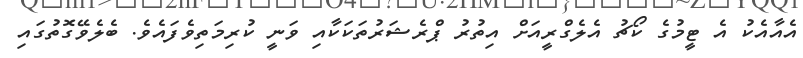
އެއާއެކު އެ ޓީމުގެ ކޯޗު އެލެގްރީއަށް އިތުރު ޕްރެޝަރުތަކަކާއި ވަނީ ކުރިމަތިވެފައެވެ. ބެލެވޭގޮތުގައި